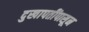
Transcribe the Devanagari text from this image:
दुखापतींपासून